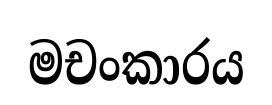
මචංකාරය